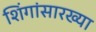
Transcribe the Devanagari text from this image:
शिंगांसारख्या